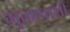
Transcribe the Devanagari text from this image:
मुळापाशी